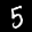
Digit: 5